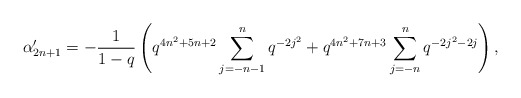
\begin{align*} \alpha'_{2n+1} = -\frac{1}{1-q}\left(q^{4n^2+5n+2}\sum_{j=-n-1}^{n}q^{-2j^2} + q^{4n^2+7n+3}\sum_{j=-n}^{n}q^{-2j^2-2j}\right),\end{align*}